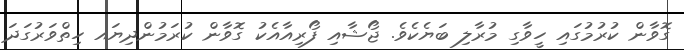
ގޮވާން ކުރުމުގައި ހީވާގި މުރާލި ބަޔެކެވެ. ޖޯޝާއި ފޯރިއާއެކު ގޮވާން ކުރަމުންދިޔައ ހިތްވަރުގަދަ